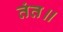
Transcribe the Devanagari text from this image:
तंत॥